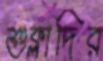
শুক্লাদির